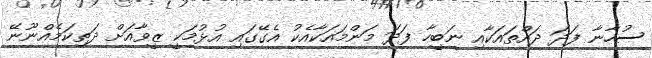
ސުހާނާ ފަދަ ދައްތައަކާއި ނަބީހާ ފަދަ މަންމައަކާއެކު އެގޭގައި އުޅުމަކީ ޒީވާއަށް ދަތިކަމެއްނޫނޭ